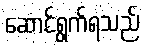
ဆောင်ရွက်ရသည်